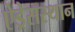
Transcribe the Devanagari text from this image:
ऐड्रेसस्थान